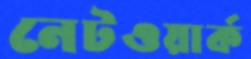
নেটওয়ার্ক